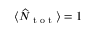
\langle \widehat { N } _ { \textnormal { t o t } } \rangle = 1